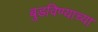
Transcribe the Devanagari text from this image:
बुडविण्याच्या